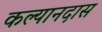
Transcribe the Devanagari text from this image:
कल्यानदास